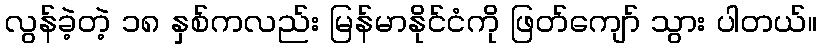
လွန်ခဲ့တဲ့ ၁၈ နှစ်ကလည်း မြန်မာနိုင်ငံကို ဖြတ်ကျော် သွား ပါတယ်။